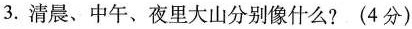
3.清晨、中午、夜里大山分别像什么?(4分)